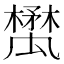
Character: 𣝥